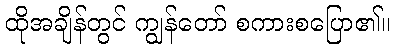
ထိုအချိန်တွင် ကျွန်တော် စကားစပြော၏။